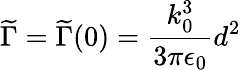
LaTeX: \widetilde\Gamma=\widetilde\Gamma(0)=\frac{k_{0}^{3}}{3\pi\epsilon_{0}}d^{2}